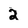
Character: 2